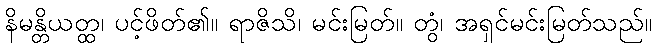
နိမန္တိယတ္ထ၊ ပင့်ဖိတ်၏။ ရာဇိသိ၊ မင်းမြတ်။ တွံ၊ အရှင်မင်းမြတ်သည်။